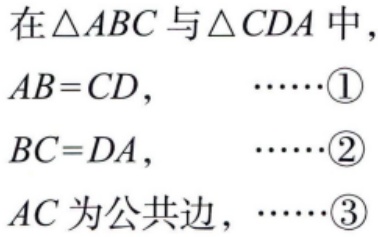
在\(\triangle ABC\)与\(\triangle CDA\)中，

\(AB = CD,\quad\cdots\cdots\textcircled{1}\)

\(BC = DA,\quad\cdots\cdots\textcircled{2}\)

\(AC\)为公共边，\(\cdots\cdots\textcircled{3}\)